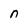
Character: n